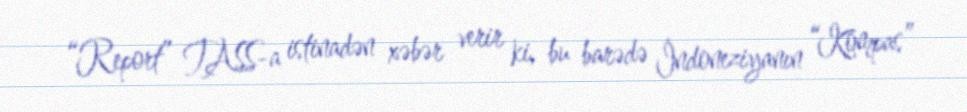
“Report” TASS-a istinadən xəbər verir ki, bu barədə İndoneziyanın “Kompas”